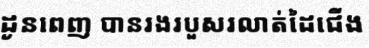
ដូនពេញ បានរងរបួសរលាត់ដៃជើង